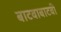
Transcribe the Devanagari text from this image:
बाटवाबाटवी